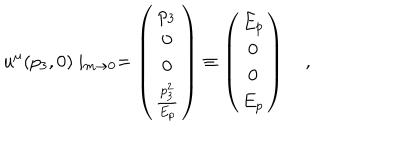
LaTeX: u ^ { \mu } ( p _ { 3 } , 0 ) \mid _ { m \rightarrow 0 } = \left( \begin{matrix} { { p _ { 3 } } } \\ { { 0 } } \\ { { 0 } } \\ { { { \frac { p _ { 3 } ^ { 2 } } { E _ { p } } } } } \\ \end{matrix} \right) \equiv \left( \begin{matrix} { { E _ { p } } } \\ { { 0 } } \\ { { 0 } } \\ { { E _ { p } } } \\ \end{matrix} \right) \quad ,